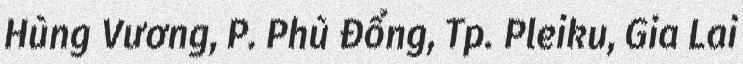
Hùng Vương, P. Phù Đổng, Tp. Pleiku, Gia Lai